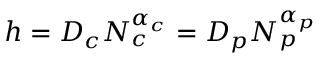
h = D _ { c } N _ { c } ^ { \alpha _ { c } } = D _ { p } N _ { p } ^ { \alpha _ { p } }